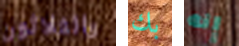
والثلاثون بك إنه